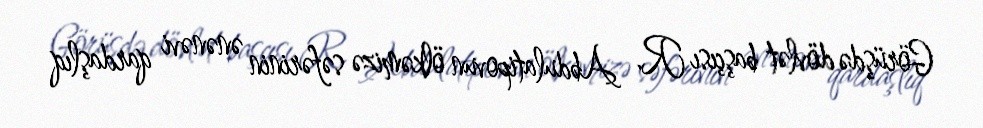
Görüşdə dövlət başçısı R. Abdulatipovun ölkəmizə səfərinin ənənəvi qardaşlıq